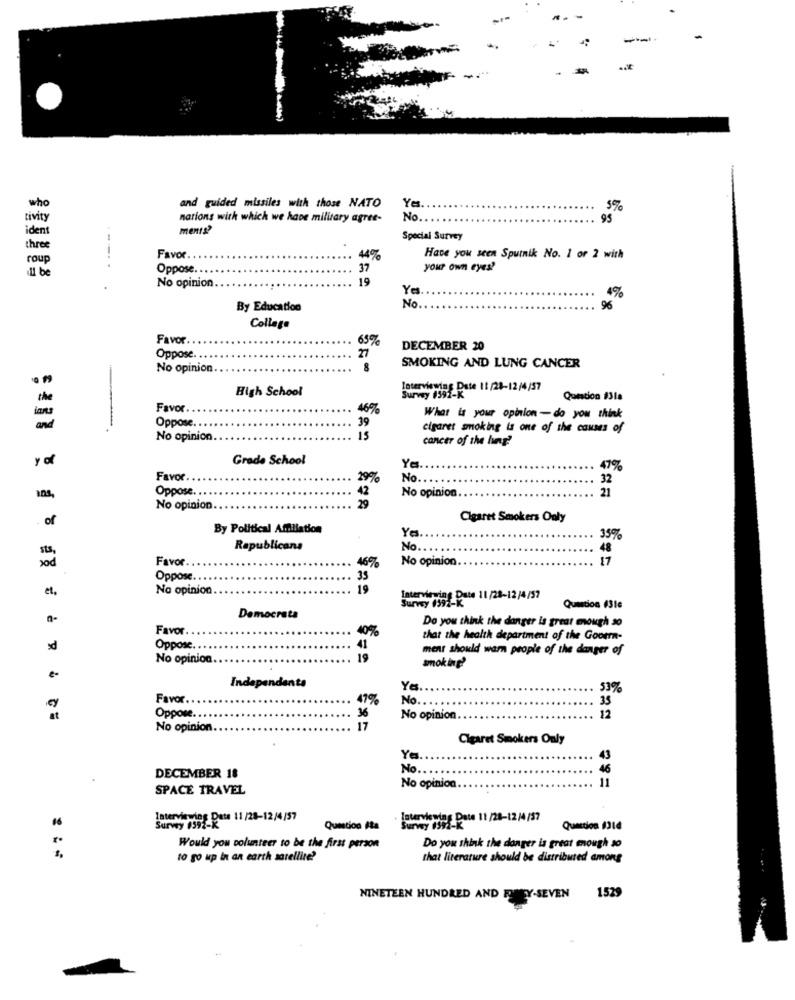
and guided missiles with those NATO
who
Yes
5%
ivity
nations with which we have military agree-
No.
95
ments?
ident
Special Survey
three
roup
Favor
14%
Have you seen Sputnik No. 1 or 2 with
11 be
Oppose.
37
your own eyes?
No opinion
19
Ye
4%
By Education
No
96
Collage
Favor
65%
27
DECEMBER 20
Oppose.
No opinion
8
SMOKING AND LUNG CANCER
High School
Interviewing Date 11/28-12/4/57
the
Survey 1392-K
Question #3la
Favor
469%
39
What is your opinion - do you think
and
Oppose. .
cigaret smoking is one of the causes of
No opinion.
15
cancer of the bug?
y o
Grade School
Ye
Favor.
29%
No.
32
Oppose.
42
No opinion.
21
ans,
20
No opinion
of
Cigaret Smokers Only
By Political Amilation
Ya.
35%
Republicans
No.
48
Favor.
46%
No opinion
17
2 8
Oppose ..
35
et,
No opinion
19
Interviewing Date 11/28-12/4/57
Survey (592
Question #3le
Democrata
Do you think the danger is great enough so
Favor
40%
that the health department of the Govern-
sd
Oppose. .
41
ment should warn people of the danger of
No opinion.
19
smoking
Independants
Yes ...
. 53%
Favor.
47%
No
35
y
Oppose.
No opinion
12
No opinion.
17
Cigaret Smokers Only
Ya.
43
No ...
46
DECEMBER 18
11
SPACE TRAVEL
No opinion
aterviewing_Date 11 /28-12/4/57
- Interviewing Date 11 /28-12/4/37
Survey 039
Question ita
Surwy #39
Question 1314
Would you volunteer to be the first person
Do you think the danger is great enough so
to go up in an earth satellite?
that literature should be distributed among
NINETEEN HUNDRED AND REY-SEVEN 1529